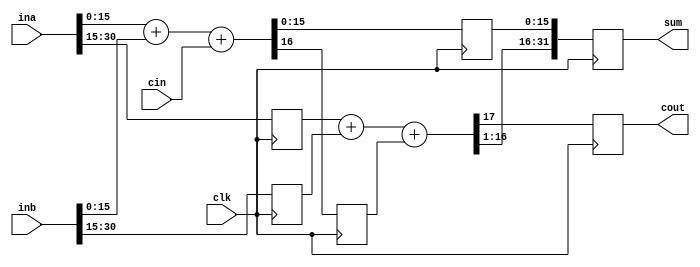
`timescale 1ns / 1ps

module add32_2(
	input[31:0] ina,
	input[31:0] inb,
	input clk,
	input cin,
	output reg cout,
	output reg [31:0] sum
);

	reg [15:0] tempa,tempb,firsts;
	reg firstc;

	always@(posedge clk)begin
		{firstc,firsts} = ina[15:0]+inb[15:0]+cin;
		tempa = ina[31:15];
		tempb = inb[31:15];
	end

	always@(posedge clk)begin
		{cout, sum[31:15]} = tempa+tempb+firstc;
		sum[15:0] = firsts;
	end
	
endmodule